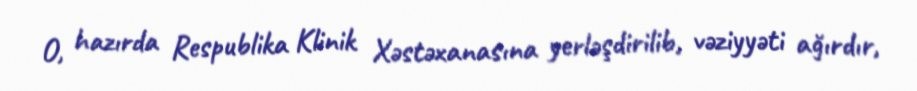
O, hazırda Respublika Klinik Xəstəxanasına yerləşdirilib, vəziyyəti ağırdır,